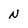
Character: N